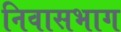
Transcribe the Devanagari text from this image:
निवासभाग